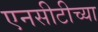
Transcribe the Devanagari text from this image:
एनसीटीच्या